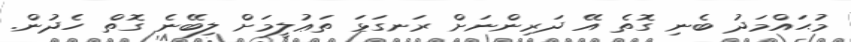
މުޙައްމަދު ބެނި ގޮތެ އޭ ދަރިންނަށް ރަނގަޅަ ތަޢުލީމަށް ލިބޭނެ ގޮތް ހެދުން.